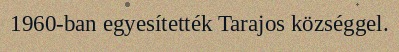
1960-ban egyesítették Tarajos községgel.